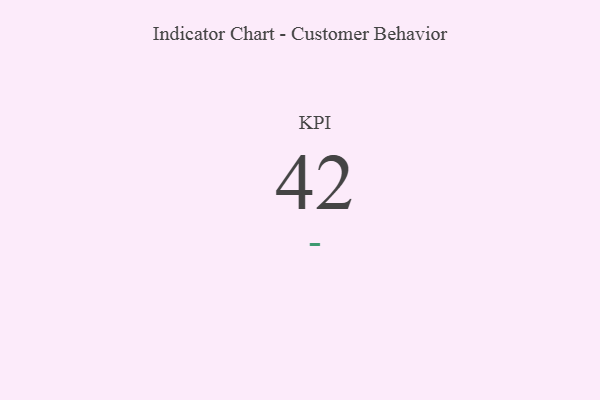
{"axis": {"x": "KPI", "y": "Value"}, "legend": [""], "data": [{"x": "KPI", "y": 42, "type": ""}]}